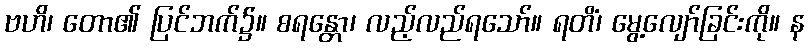
ဗဟိ၊ တော၏ ပြင်ဘက်၌။ စရန္တော၊ လည့်လည်ရသော်။ ရတိံ၊ မွေ့လျော်ခြင်းကို။ န